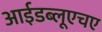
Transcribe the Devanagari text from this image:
आईडब्लूएचए